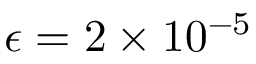
\epsilon = 2 \times 1 0 ^ { - 5 }